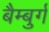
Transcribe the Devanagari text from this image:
बैम्बुर्ग